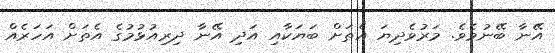
އޭނާ ބޭނުމެވެ. މަރުވެދިޔަ އެތަށް ބަޔަކާއި އަދި އޭނާ ދިރިއުޅުމުގެ އެތަށް އަހަރެއް